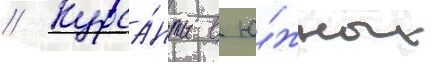
// Курса́нты в ю́жных